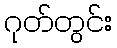
ဂုတ်တွင်း